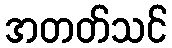
အတတ်သင်